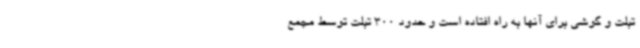
تبلت و گوشی برای آنها به راه افتاده است و حدود 300 تبلت توسط مجمع